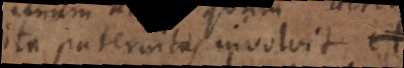
ita paternitas involvit et